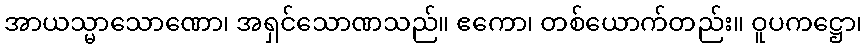
အာယသ္မာသောဏော၊ အရှင်သောဏသည်။ ဧကော၊ တစ်ယောက်တည်း။ ဝူပကဋ္ဌော၊